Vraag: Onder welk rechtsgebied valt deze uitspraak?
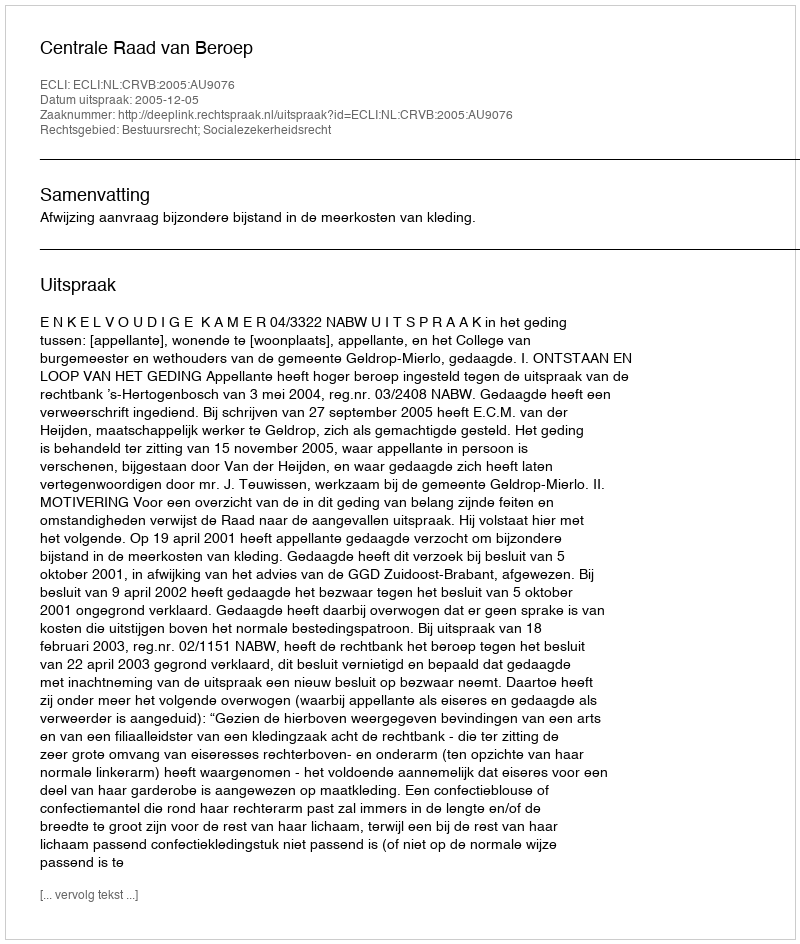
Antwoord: Bestuursrecht; Socialezekerheidsrecht